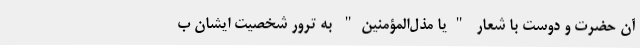
آن حضرت و دوست با شعار "یا مُذِلّ‌المؤمنین" به ترور شخصیت ایشان ب